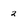
Character: 2